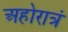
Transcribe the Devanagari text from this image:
अहोरात्रं